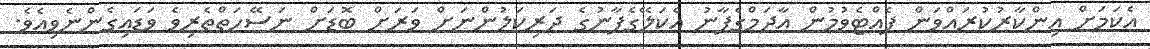
އެކަމަށް އިންކާރުކުރައްވަން ފެއްޓެވުމުން އާދަމްގެފާނު އެކަލޭގެފާނުގެ ދަރިކަލުންނަށް ވަރަށް ބޮޑަށް ނަސޭހަތްތެރިވެ ވަޑައިގެންނެވިއެވެ.